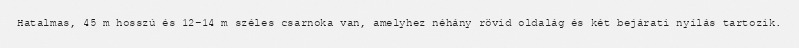
Hatalmas, 45 m hosszú és 12–14 m széles csarnoka van, amelyhez néhány rövid oldalág és két bejárati nyílás tartozik.